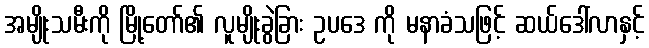
အမျိုးသမီးကို မြို့တော်၏ လူမျိုးခွဲခြား ဥပဒေ ကို မနာခံသဖြင့် ဆယ်ဒေါ်လာနှင့်